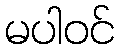
မပါဝင်